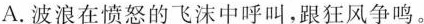
A.波浪在愤怒的飞沫中呼叫，跟狂风争鸣。